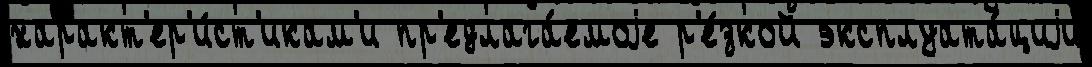
характ'ер'и́ст'икам'и пр'едлага́емоjе р'е́зкой эксплуата́циjи